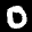
Label: 0